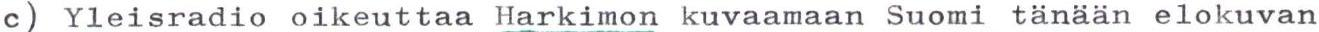
c) Yleisradio oikeuttaa Harkimon kuvaamaan Suomi tänään elokuvan